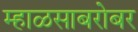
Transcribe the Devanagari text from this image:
म्हाळसाबरोबर